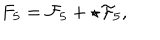
F _ { 5 } = { \cal F } _ { 5 } + \star { \cal F } _ { 5 } ,